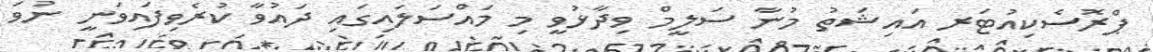
ޕްރޮސެކިއުޓަރ އައިޝަތު މުނާ ސަލީމް ވިދާޅުވީ މި މައްސަލައިގައި ދައުވާ ކުރެވިފައިވަނީ ނުވަ